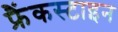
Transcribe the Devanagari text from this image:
फ्रैंकस्टाइन